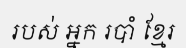
របស់ អ្នក របាំ ខ្មែរ